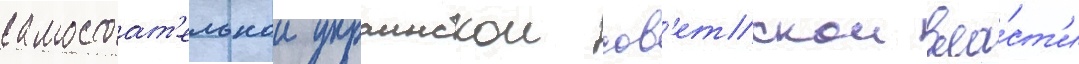
самостоат'ельнои украинскои сов'етскои вла́ст'и